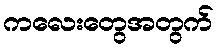
ကလေးတွေအတွက်